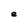
Character: e